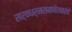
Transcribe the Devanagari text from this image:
सर्वधर्मसमावेशकतेचे